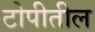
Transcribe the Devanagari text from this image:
टोपीतील